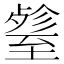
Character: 𦥋